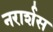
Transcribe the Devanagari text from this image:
नरार्शस